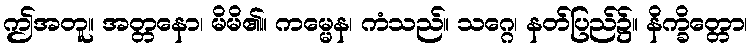
ဤအတူ။ အတ္တနော၊ မိမိ၏။ ကမ္မေန၊ ကံသည်။ သဂ္ဂေ၊ နတ်ပြည်၌။ နိက္ခိတ္တော၊